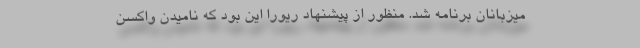
میزبانان برنامه شد. منظور از پیشنهاد ریورا این بود که نامیدن واکسن